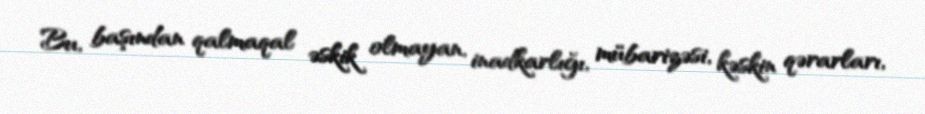
Bu, başından qalmaqal əskik olmayan, inadkarlığı, mübarizəsi, kəskin qərarları,